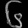
Digit: ၆